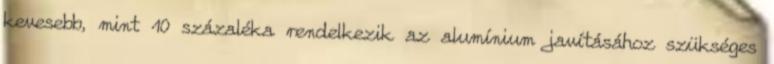
kevesebb, mint 10 százaléka rendelkezik az alumínium javításához szükséges